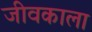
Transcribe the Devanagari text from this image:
जीवकाला